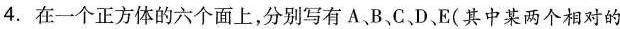
4.在一个正方体的六个面上，分别写有A、B、C、D E(其中某两个相对的